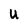
Character: U